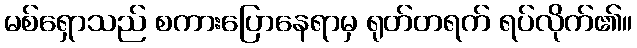
မစ်ရှောသည် စကားပြောနေရာမှ ရုတ်တရက် ရပ်လိုက်၏။